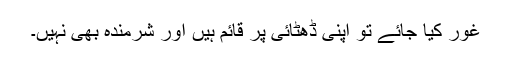
غور کیا جائے تو اپنی ڈھٹائی پر قائم ہیں اور شرمندہ بھی نہیں۔